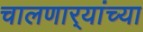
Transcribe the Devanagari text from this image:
चालणार्‍यांच्या